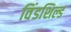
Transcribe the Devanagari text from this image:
विंडशिल्ड